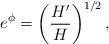
LaTeX: \begin{align*}e^\phi = \left(\frac{H'}{H}\right)^{1/2}, \end{align*}